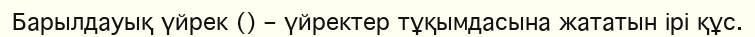
Барылдауық үйрек () – үйректер тұқымдасына жататын ірі құс.